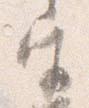
宮